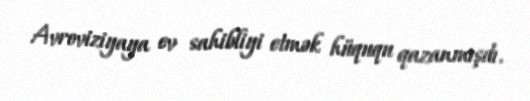
Avroviziyaya ev sahibliyi etmək hüququ qazanmışdı.